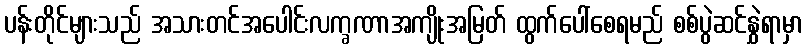
ပန်းတိုင်များသည် အသားတင်အပေါင်းလက္ခဏာအကျိုးအမြတ် ထွက်ပေါ်စေရမည် စစ်ပွဲဆင်နွှဲရာမှာ